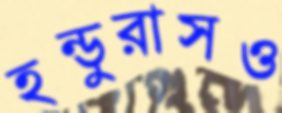
হন্ডুরাসও